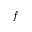
f